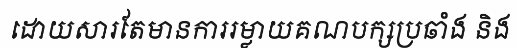
ដោយសារតែមានការរម្លាយគណបក្សប្រឆាំង និង